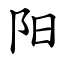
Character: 阳